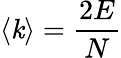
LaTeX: \langle\mathit{k}\rangle={\frac{{2E}}{{N}}}